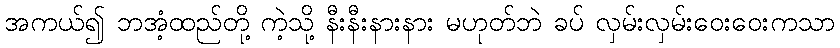
အကယ်၍ ဘအံ့ထည်တို့ ကဲ့သို့ နီးနီးနားနား မဟုတ်ဘဲ ခပ် လှမ်းလှမ်းဝေးဝေးကသာ